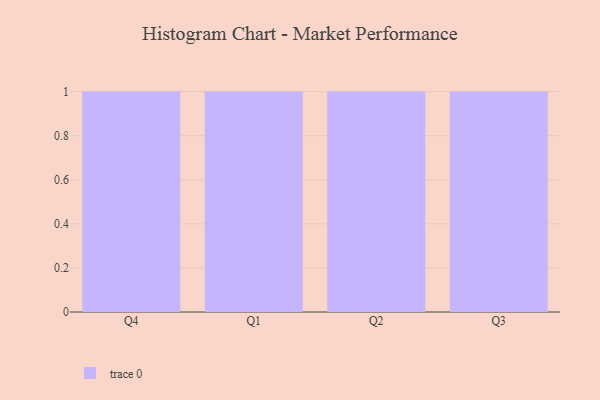
{"axis": {"x": "Quarter", "y": "Production Output"}, "legend": [""], "data": [{"x": "Q4", "y": 44, "type": ""}, {"x": "Q1", "y": 59, "type": ""}, {"x": "Q2", "y": 46, "type": ""}, {"x": "Q3", "y": 95, "type": ""}]}